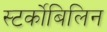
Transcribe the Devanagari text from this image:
स्‍टर्कोबिलिन